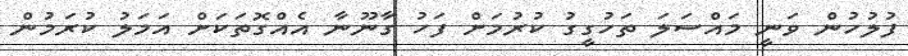
ފުލުހުން ވަނީ މައްސަލަ ތަހުގީގު ކުރުމަށް ފަހު ގާނޫނާ އެއްގޮތަކަށް އަމަލު ކުރަމުން